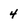
Character: 4